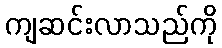
ကျဆင်းလာသည်ကို